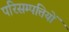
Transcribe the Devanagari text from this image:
परिसम्‍पत्तियों